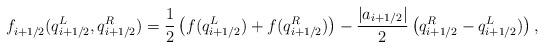
LaTeX: \begin{align*}f_{i+1/2}^{}(q_{i+1/2}^{L},q_{i+1/2}^{R}) =\frac{1}{2}\left(f(q_{i+1/2}^{L})+f(q_{i+1/2}^{R})\right)-\frac{|a_{i+1/2}|}{2}\left(q_{i+1/2}^{R}-q_{i+1/2}^{L})\right),\end{align*}